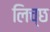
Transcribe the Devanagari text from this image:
लिच्छ